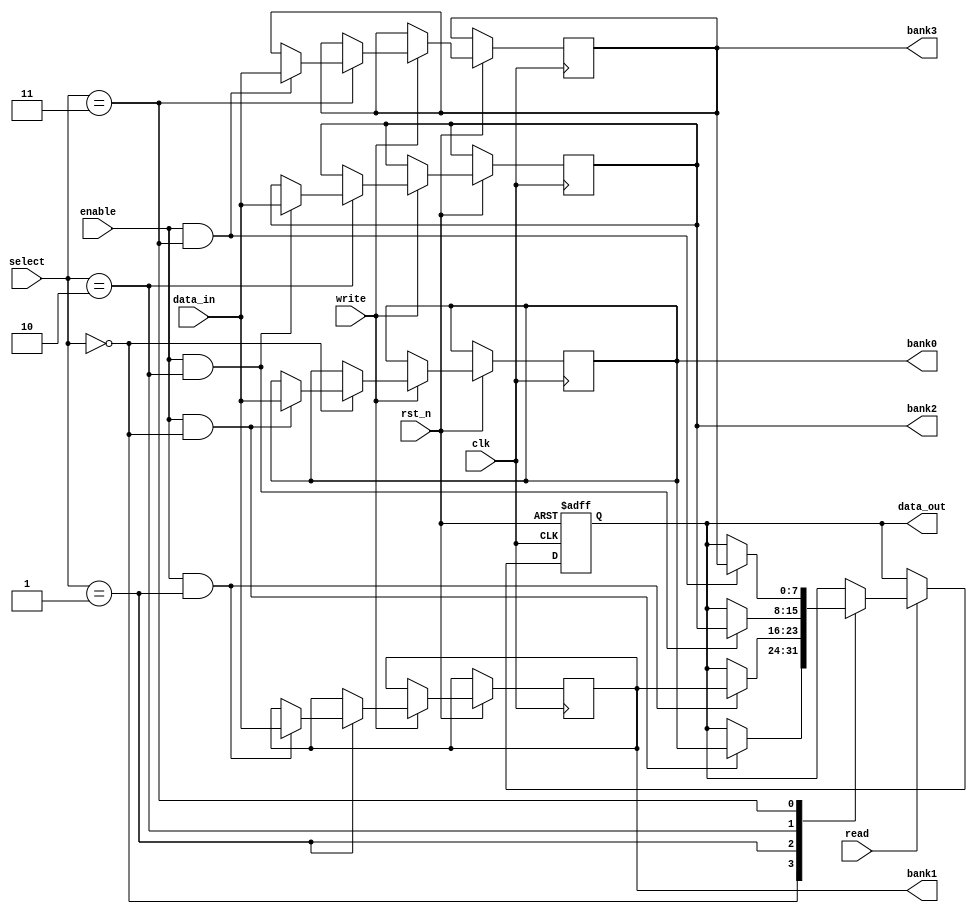
module MemoryBlockControl (
    input wire clk,
    input wire rst_n,
    input wire enable,          // Global enable signal
    input wire [1:0] select,   // Select signal for memory banks
    input wire read,           // Read control signal
    input wire write,          // Write control signal
    input wire [7:0] data_in,  // Data input for write operations
    output reg [7:0] data_out, // Data output for read operations
    output reg [7:0] bank0,    // Memory bank 0
    output reg [7:0] bank1,    // Memory bank 1
    output reg [7:0] bank2,    // Memory bank 2
    output reg [7:0] bank3     // Memory bank 3
);

// Power management states
localparam LOW_POWER  = 1'b0;
localparam ACTIVE     = 1'b1;

// Memory bank enable signals
reg bank_enable [0:3];

// Initialize memory banks
initial begin
    bank0 = 8'b0;
    bank1 = 8'b0;
    bank2 = 8'b0;
    bank3 = 8'b0;
end

// Control logic to manage enable states of memory banks
always @(*) begin
    bank_enable[0] = enable && (select == 2'b00);
    bank_enable[1] = enable && (select == 2'b01);
    bank_enable[2] = enable && (select == 2'b10);
    bank_enable[3] = enable && (select == 2'b11);
end

// Read/Write operations
always @(posedge clk or negedge rst_n) begin
    if (!rst_n) begin
        data_out <= 8'b0;
    end else begin
        if (write) begin
            case (select)
                2'b00: if (bank_enable[0]) bank0 <= data_in;
                2'b01: if (bank_enable[1]) bank1 <= data_in;
                2'b10: if (bank_enable[2]) bank2 <= data_in;
                2'b11: if (bank_enable[3]) bank3 <= data_in;
            endcase
        end
        
        if (read) begin
            case (select)
                2'b00: if (bank_enable[0]) data_out <= bank0;
                2'b01: if (bank_enable[1]) data_out <= bank1;
                2'b10: if (bank_enable[2]) data_out <= bank2;
                2'b11: if (bank_enable[3]) data_out <= bank3;
                default: data_out <= 8'b0; // NOP for disabled banks
            endcase
        end
    end
end

endmodule